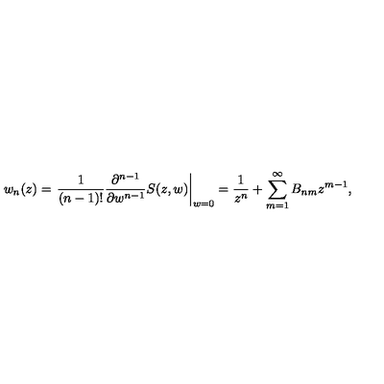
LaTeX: w _ { n } ( z ) = \left. \frac { 1 } { ( n - 1 ) ! } \frac { \partial ^ { n - 1 } } { \partial w ^ { n - 1 } } S ( z , w ) \right| _ { w = 0 } = \frac { 1 } { z ^ { n } } + \sum _ { m = 1 } ^ { \infty } B _ { n m } z ^ { m - 1 } ,